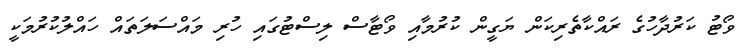
ވޯޓު ކަރުދާހުގެ ރައްކާތެރިކަން ޔަގީން ކުރުމާއި ވޯޓާސް ލިސްޓުގައި ހުރި މައްސަލަތައް ހައްލުކުރުމަކީ